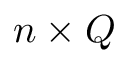
n \times Q